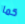
كما